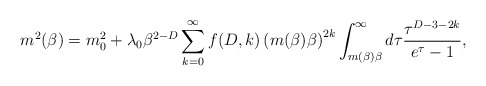
\begin{align*}\ m^{2}(\beta)=m^{2}_{0}+\lambda_{0}\beta^{2-D}\sum^{\infty}_{k=0}f(D,k)\left(m(\beta)\beta\right)^{2k}\int^{\infty}_{m(\beta)\beta}d\tau\frac{\tau^{D-3-2k}}{e^{\tau}-1},\end{align*}